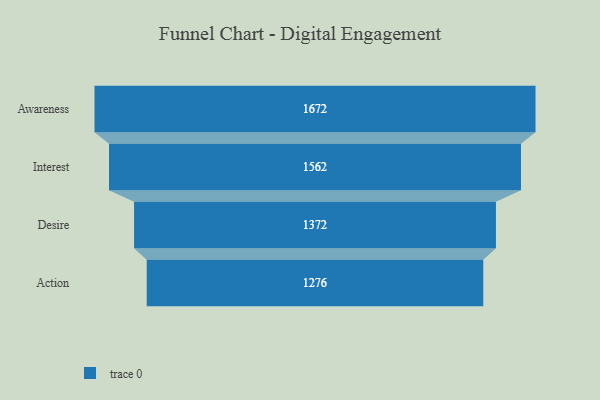
{"axis": {"x": "Stage", "y": "Value"}, "legend": [""], "data": [{"x": "Awareness", "y": 1672.0, "type": ""}, {"x": "Interest", "y": 1562.0, "type": ""}, {"x": "Desire", "y": 1372.0, "type": ""}, {"x": "Action", "y": 1276.0, "type": ""}]}